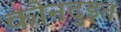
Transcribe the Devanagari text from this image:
कोनदुइत